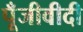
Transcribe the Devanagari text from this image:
पूँजीवीदी